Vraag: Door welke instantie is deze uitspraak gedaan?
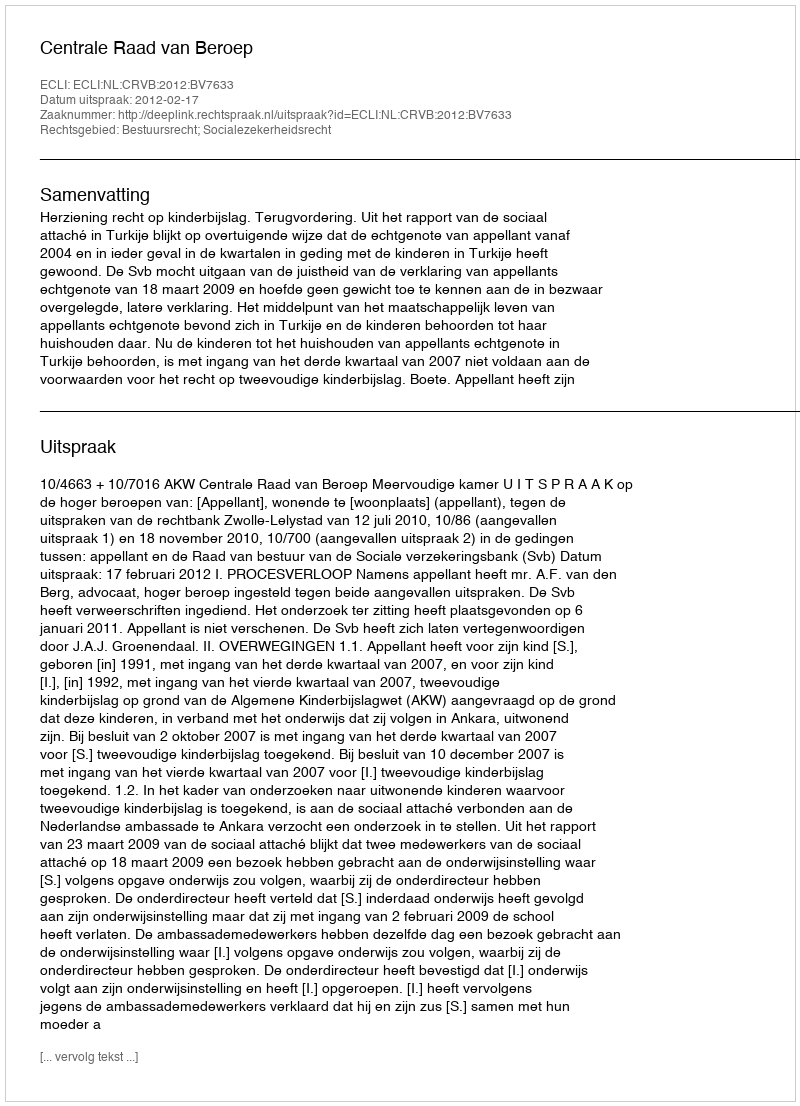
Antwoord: Centrale Raad van Beroep